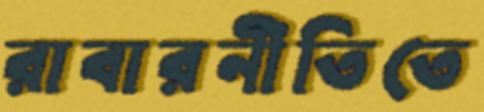
রাবারনীতিতে